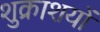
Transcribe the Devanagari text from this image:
शुक्राशयों